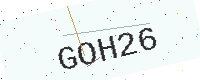
Text: GOH26